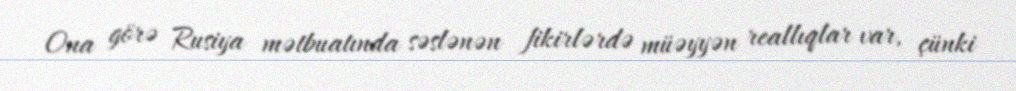
Ona görə Rusiya mətbuatında səslənən fikirlərdə müəyyən reallıqlar var, çünki